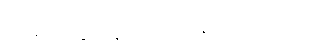
ဒါ မျိုးတွေ နောက်ထပ် ရှိသေးလား။